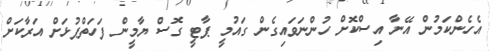
އެހެންކަމުން އޭނާ އިސްކޮށް ހުންނަވައިގެން ގައުމީ ޕާޓީ ގޮސް ޔާމީން ފަހަތްޕުޅަށް އަރާކަށް